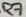
Text: R7